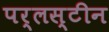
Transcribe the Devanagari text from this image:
पर्लस्टीन